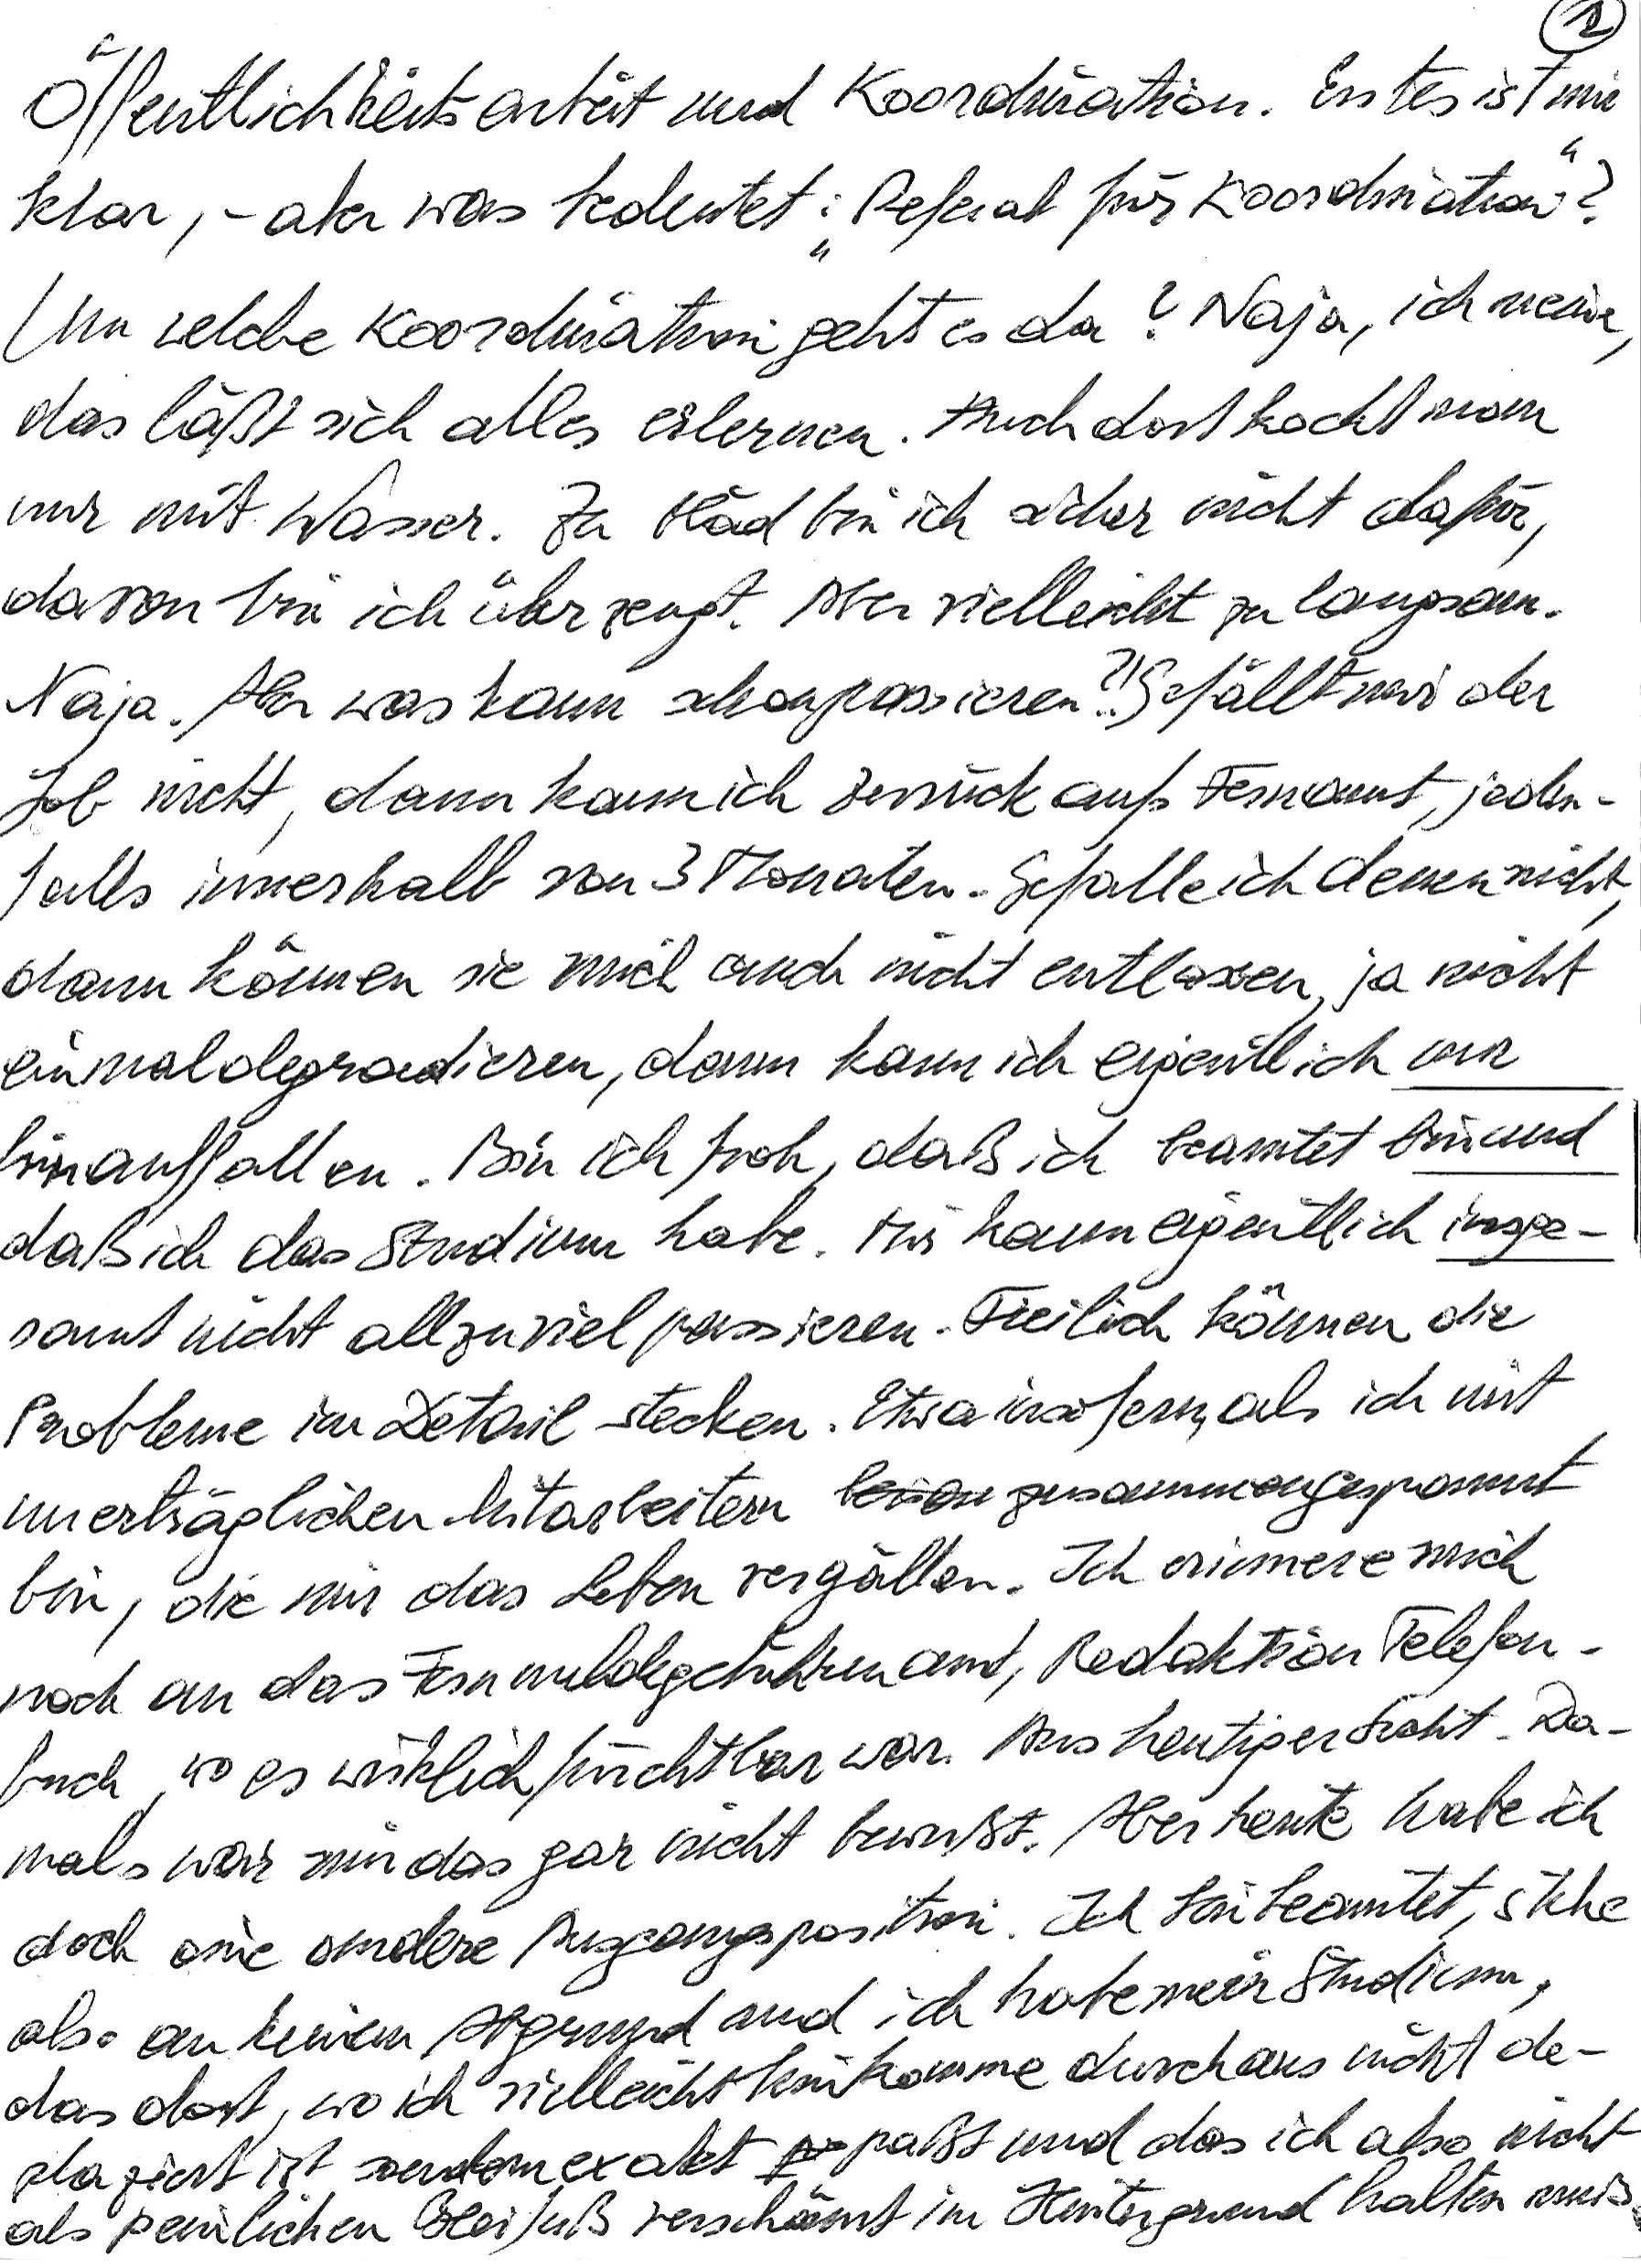
Öffentlichkeitsarbeit und Koordination. Erstes ist mir
klar, – aber was bedeutet: „Referat für Koordination“?
Um welche Koordination geht es da? Naja, ich meine,
das läßt sich alles erlernen. Auch dort kocht man
nur mit Wasser. Zu blöd bin ich sicher nicht dafür,
davon bin ich überzeugt. Aber vielleicht zu langsam.
Naja. Aber was kann schon passieren?! Gefällt mir der
Job nicht, dann kann ich zurück aufs Fernamt, jeden-
falls innerhalb von 3 Monaten. Gefalle ich denen nicht,
dann können sie mich auch nicht entlassen, ja nicht
einmal degradieren, dann kann ich eigentlich nur
hinauffallen. Bin ich froh, daß ich beamtet bin und
daß ich das Studium habe. Mir kann eigentlich insge-
samt nicht allzuviel passieren. Freilich können die
Probleme im Detail stecken. Etwa insofern, als ich mit
unerträglichen Mitarbeitern zusammengespannt
bin, die mir das Leben vergällen. Ich erinnere mich
noch an das Fernmeldegebührenamt, Redaktion Telefon-
buch, wo es wirklich furchtbar war. Aus heutiger Sicht. Da-
mals war mir das gar nicht bewußt. Aber heute habe ich
doch eine andere Ausgangsposition. Ich bin beamtet, stehe
also an keinem Abgrund und ich habe mein Studium,
das dort, wo ich vielleicht hinkomme, durchaus nicht de-
platziert ist sondern exakt paßt und das ich also nicht
als peinlichen Bleifuß verschämt im Hintergrund halten muß.